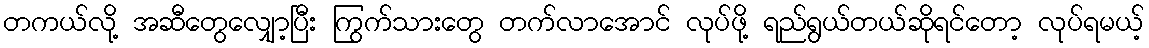
တကယ်လို့ အဆီတွေလျှော့ပြီး ကြွက်သားတွေ တက်လာအောင် လုပ်ဖို့ ရည်ရွယ်တယ်ဆိုရင်တော့ လုပ်ရမယ့်